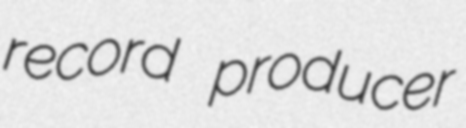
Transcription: record producer